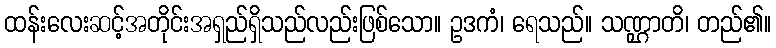
ထန်းလေးဆင့်အတိုင်းအရှည်ရှိသည်လည်းဖြစ်သော။ ဥဒကံ၊ ရေသည်။ သဏ္ဌာတိ၊ တည်၏။